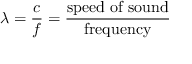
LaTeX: \lambda = { \frac { c } { f } } = { \frac { \mathrm { s p e e d ~ o f ~ s o u n d } } { \mathrm { f r e q u e n c y } } }